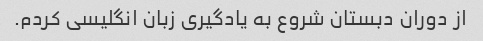
از دوران دبستان شروع به یادگیری زبان انگلیسی کردم.